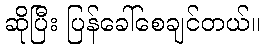
ဆိုပြီး ပြန်ခေါ်စေချင်တယ်။